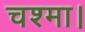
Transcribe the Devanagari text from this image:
चश्मा।